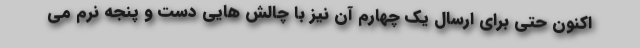
اکنون حتی برای ارسال یک چهارم آن نیز با چالش هایی دست و پنجه نرم می